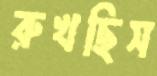
রুখছিস